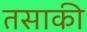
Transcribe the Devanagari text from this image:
तसाकी